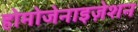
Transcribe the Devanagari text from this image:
होमोजेनाइज़ेशन